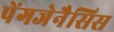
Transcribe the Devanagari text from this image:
पेंगजेनैसिस